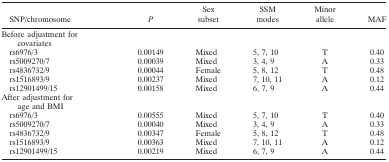
<table><thead><tr><td><b>SNP/chromosome</b></td><td></td><td><b><i>P</i></b></td><td><b>Sex subset</b></td><td><b>SSM modes</b></td><td><b>Minor allele</b></td><td><b>MAF</b></td></tr></thead><tbody><tr><td colspan="3">Before adjustment for covariates</td><td></td><td></td><td></td><td></td></tr><tr><td>rs6976/3</td><td></td><td>0.00149</td><td>Mixed</td><td>5, 7, 10</td><td>T</td><td>0.40</td></tr><tr><td>rs5009270/7</td><td></td><td>0.00039</td><td>Mixed</td><td>3, 4, 9</td><td>A</td><td>0.33</td></tr><tr><td>rs4836732/9</td><td></td><td>0.00044</td><td>Female</td><td>5, 8, 12</td><td>T</td><td>0.48</td></tr><tr><td>rs1516893/9</td><td></td><td>0.00237</td><td>Mixed</td><td>7, 10, 11</td><td>A</td><td>0.12</td></tr><tr><td>rs12901499/15</td><td></td><td>0.00158</td><td>Mixed</td><td>6, 7, 9</td><td>A</td><td>0.44</td></tr><tr><td colspan="3">After adjustment for age and BMI</td><td></td><td></td><td></td><td></td></tr><tr><td>rs6976/3</td><td></td><td>0.00555</td><td>Mixed</td><td>5, 7, 10</td><td>T</td><td>0.40</td></tr><tr><td>rs5009270/7</td><td></td><td>0.00040</td><td>Mixed</td><td>3, 4, 9</td><td>A</td><td>0.33</td></tr><tr><td>rs4836732/9</td><td></td><td>0.00347</td><td>Female</td><td>5, 8, 12</td><td>T</td><td>0.48</td></tr><tr><td>rs1516893/9</td><td></td><td>0.00363</td><td>Mixed</td><td>7, 10, 11</td><td>A</td><td>0.12</td></tr><tr><td>rs12901499/15</td><td></td><td>0.00219</td><td>Mixed</td><td>6, 7, 9</td><td>A</td><td>0.44</td></tr></tbody></table>